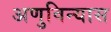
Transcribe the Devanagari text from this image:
अणुविन्यास